Report on sanitation, dispensaries, and jails in Rajputana for 1920, and on vaccination for the year 1920-1921 - 1920-1921
Year: 1920
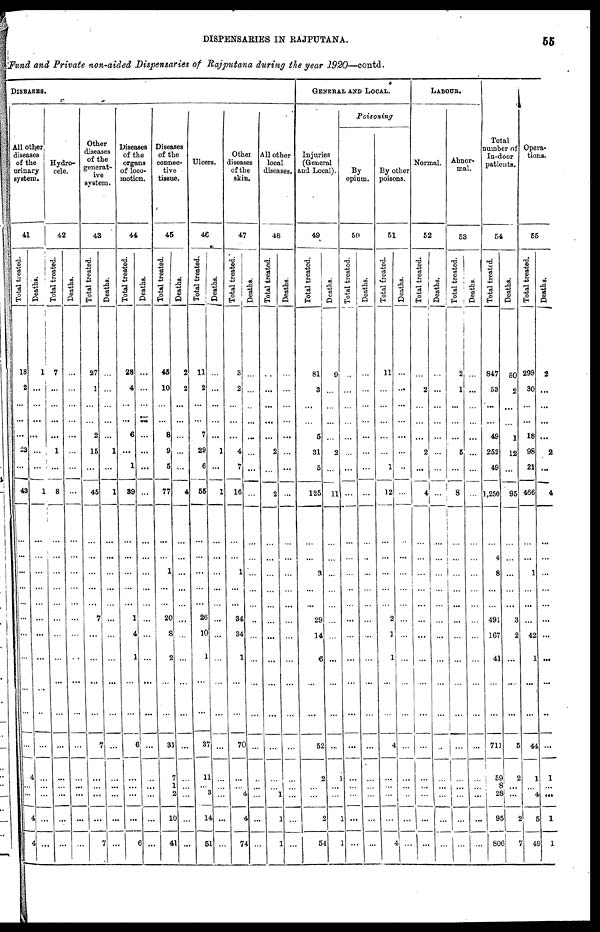
55
DISPENSARIES IN RAJPUTANA.
Fund and Private non-aided Dispensaries of Rajputana during the year 1920—contd.
DISEASES.
All other
diseases
of the
urinary
system.
41
Total treated.
18
2
...
...
...
23
...
49
...
...
...
...
...
...
...
...
...
...
...
4
...
...
4
4
Deaths.
1
...
...
...
...
...
...
1
...
...
...
...
...
...
...
...
...
...
...
...
...
...
...
...
Hydro¬
cele.
42
Total treated.
7
...
...
...
...
1
...
8
...
...
...
...
...
...
...
...
...
...
...
...
...
...
...
...
Deaths.
...
...
...
...
...
...
...
...
...
...
...
...
...
...
...
...
...
...
...
...
...
...
...
...
Other
diseases
of the
generat-
ive
system.
43
Total treated.
27
1
...
...
2
16
...
45
...
...
...
...
...
7
...
...
...
...
7
...
...
...
...
7
Deaths.
...
...
...
...
...
1
...
1
...
...
...
...
...
...
...
...
...
...
...
...
...
...
...
...
Diseases
of the
organs
of loco-
motion.
44
Total treated.
28
4
...
...
6
...
1
89
...
...
...
...
...
1
4
1
...
...
6
...
...
...
...
6
Deaths.
...
...
...
...
...
...
...
...
...
...
...
...
...
...
...
...
...
...
...
...
...
...
...
...
Diseases
of the
connec-
tive
tisane.
45
Total treated.
45
10
...
...
8
9
5
77
...
...
1
...
...
20
8
2
...
...
31
7
1
2
10
41
Deaths.
2
2
...
...
...
...
...
4
...
...
...
...
...
...
...
...
...
...
...
...
...
...
...
...
Ulcers.
46
Total treated.
11
2
...
...
7
29
6
55
...
...
...
...
...
26
10
1
...
...
37
11
...
3
14
51
Deaths.
...
...
...
...
...
1
...
1
...
...
...
...
...
...
...
...
...
...
...
...
...
...
...
...
Other
diseases
of the
skin.
47
Total treated.
3
2
...
...
...
4
7
16
...
...
1
...
...
34
34
1
...
...
70
...
...
4
4
74
Deaths.
...
...
...
...
...
...
...
...
...
...
...
...
...
...
...
...
...
...
...
...
...
...
...
...
All other
local
diseases.
48
Total treated.
...
...
...
...
...
2
...
2
...
...
...
...
...
...
...
...
...
...
...
...
...
1
1
1
Deaths.
...
...
...
...
...
...
...
...
...
...
...
...
...
...
...
...
...
...
...
...
...
...
...
...
GENERAL AND LOCAL.
Injuries
(General
and Local).
49
Total treated.
81
3
...
...
6
31
5
125
...
...
3
...
...
29
14
6
...
...
52
2
...
...
2
54
Deaths.
9
...
...
...
...
2
...
11
...
...
...
...
...
...
...
...
...
...
...
1
...
...
1
1
Poisoning
By
opium.
50
Total treated.
...
...
...
...
...
...
...
...
...
...
...
...
...
...
...
...
...
...
...
...
...
...
...
...
Deaths.
...
...
...
...
...
...
...
...
...
...
...
...
...
...
...
...
...
...
...
...
...
...
...
...
By other
poisons.
51
Total treated.
11
...
...
...
...
...
1
12
...
...
...
...
...
2
1
1
...
...
4
...
...
...
...
4
Deaths.
...
...
...
...
...
...
...
...
...
...
...
...
...
...
...
...
...
...
...
...
...
...
...
...
LABOUR.
Normal.
52
Total treated.
...
2
...
...
...
2
...
4
...
...
...
...
...
...
...
...
...
...
...
...
...
...
...
...
Deaths.
...
...
...
...
...
...
...
...
...
...
...
...
...
...
...
...
...
...
...
...
...
...
...
...
Abnor-
mal.
53
Total treated.
2
1
...
...
...
5
...
8
...
...
...
...
...
...
...
...
...
...
...
...
...
...
...
...
Deaths.
...
...
...
...
...
...
...
...
...
...
...
...
...
...
...
...
...
...
...
...
...
...
...
...
Total
number of
In-door
patients
54
Total treated.
847
53
...
...
49
252
49
1,250
...
4
8
...
...
491
167
41
...
...
711
59
8
28
95
806
Deaths.
80
2
...
...
1
12
...
95
...
...
...
...
...
3
2
...
....
...
5
2
...
...
2
7
Opera-
tions.
55
Total treated.
299
30
...
...
18
98
21
466
...
...
1
...
...
...
42
1
...
...
44
1
...
4
5
49
Deaths.
2
...
...
...
...
2
...
4
...
...
...
...
...
...
...
...
...
...
...
1
...
...
1
1